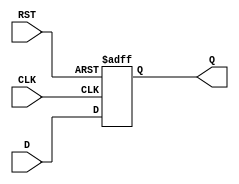
module intermediate_register #(
    parameter WIDTH = 8  // Define the width of the register (default is 8 bits)
)(
    input  wire [WIDTH-1:0] D,    // Data input
    input  wire CLK,               // Clock input
    input  wire RST,               // Asynchronous reset input
    output reg  [WIDTH-1:0] Q      // Data output
);

// Asynchronous reset and clock edge logic
always @(posedge CLK or posedge RST) begin
    if (RST) begin
        Q <= {WIDTH{1'b0}}; // Clear the register to 0
    end else begin
        Q <= D; // Capture the data input on clock edge
    end
end

endmodule